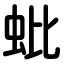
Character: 蚍